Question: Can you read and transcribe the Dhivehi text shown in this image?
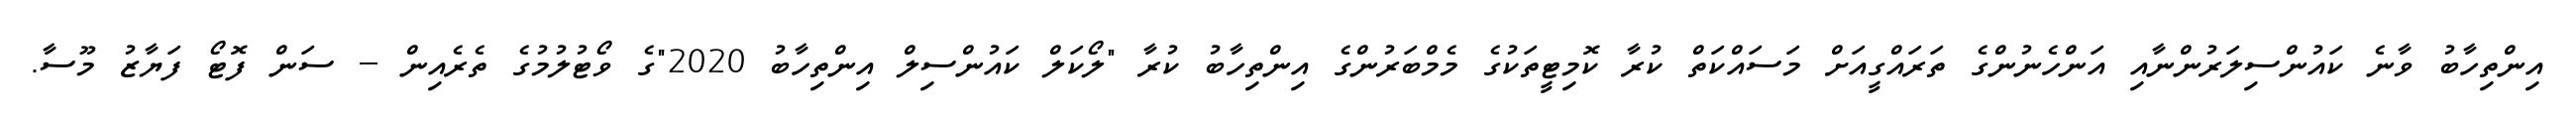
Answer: އިންތިހާބު ވާނެ ކައުންސިލަރުންނާއި އަންހެނުންގެ ތަރައްގީއަށް މަސައްކަތް ކުރާ ކޮމިޓީތަކުގެ މެމްބަރުންގެ އިންތިހާބު ކުރާ "ލޯކަލް ކައުންސިލް އިންތިހާބު 2020"ގެ ވޯޓުލުމުގެ ތެރެއިން -- ސަން ފޮޓޯ ފަޔާޒު މޫސާ.